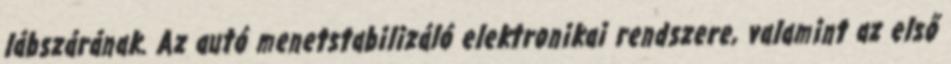
lábszárának. Az autó menetstabilizáló elektronikai rendszere, valamint az első